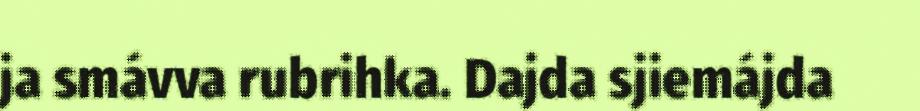
ja smávva rubrihka. Dajda sjiemájda